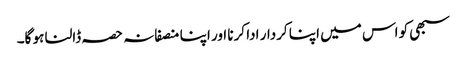
سبھی کو اس میں اپنا کردار ادا کرنا اور اپنا منصفانہ حصہ ڈالنا ہو گا۔